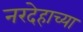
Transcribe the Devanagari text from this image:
नरदेहाच्या